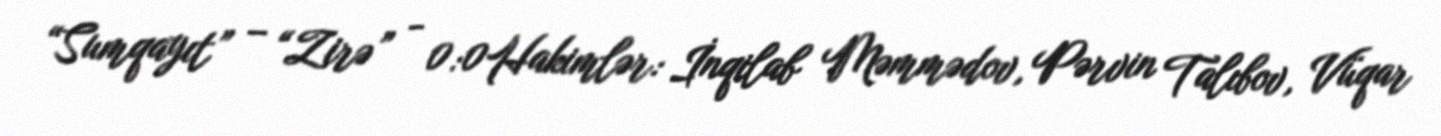
“Sumqayıt” – “Zirə” - 0:0Hakimlər: İnqilab Məmmədov, Pərvin Talıbov, Vüqar